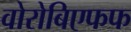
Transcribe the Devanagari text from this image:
वोरोबिएफफ